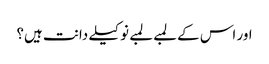
اور اس کے لمبے لمبے نوکیلے دانت ہیں؟